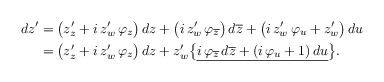
\begin{align*}\footnotesize \aligned dz' & =\big(z_z'+i\,z_w'\,\varphi_z\big)\,dz +\big(i\,z_w'\,\varphi_{\overline{z}}\big)\,d\overline{z} +\big(i\,z_w'\,\varphi_u+z_w'\big)\,du\\& = \big(z_z'+i\,z_w'\,\varphi_z\big)\,dz + z_w' \big\{\underline{i\,\varphi_{\overline{z}}\,d\overline{z} + (i\,\varphi_u+1)\,du}\big\}.\endaligned\end{align*}